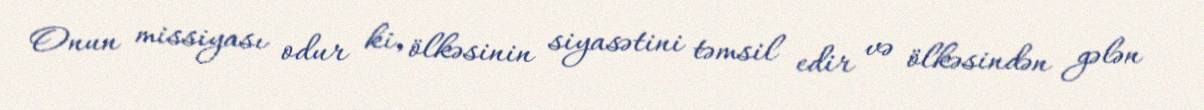
Onun missiyası odur ki, ölkəsinin siyasətini təmsil edir və ölkəsindən gələn